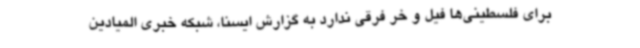
برای فلسطینی‌ها فیل و خر فرقی ندارد به گزارش ایسنا، شبکه خبری المیادین